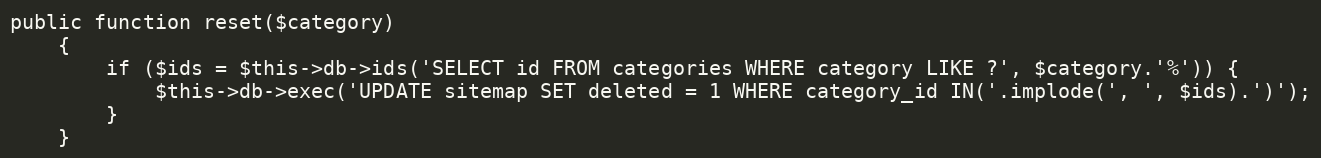
Language: PHP
public function reset($category)
    {
        if ($ids = $this->db->ids('SELECT id FROM categories WHERE category LIKE ?', $category.'%')) {
            $this->db->exec('UPDATE sitemap SET deleted = 1 WHERE category_id IN('.implode(', ', $ids).')');
        }
    }